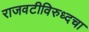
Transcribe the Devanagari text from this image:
राजवटीविरुध्दचा